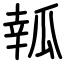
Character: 瓡